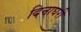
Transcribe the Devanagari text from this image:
दिनाघरी